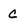
Character: c